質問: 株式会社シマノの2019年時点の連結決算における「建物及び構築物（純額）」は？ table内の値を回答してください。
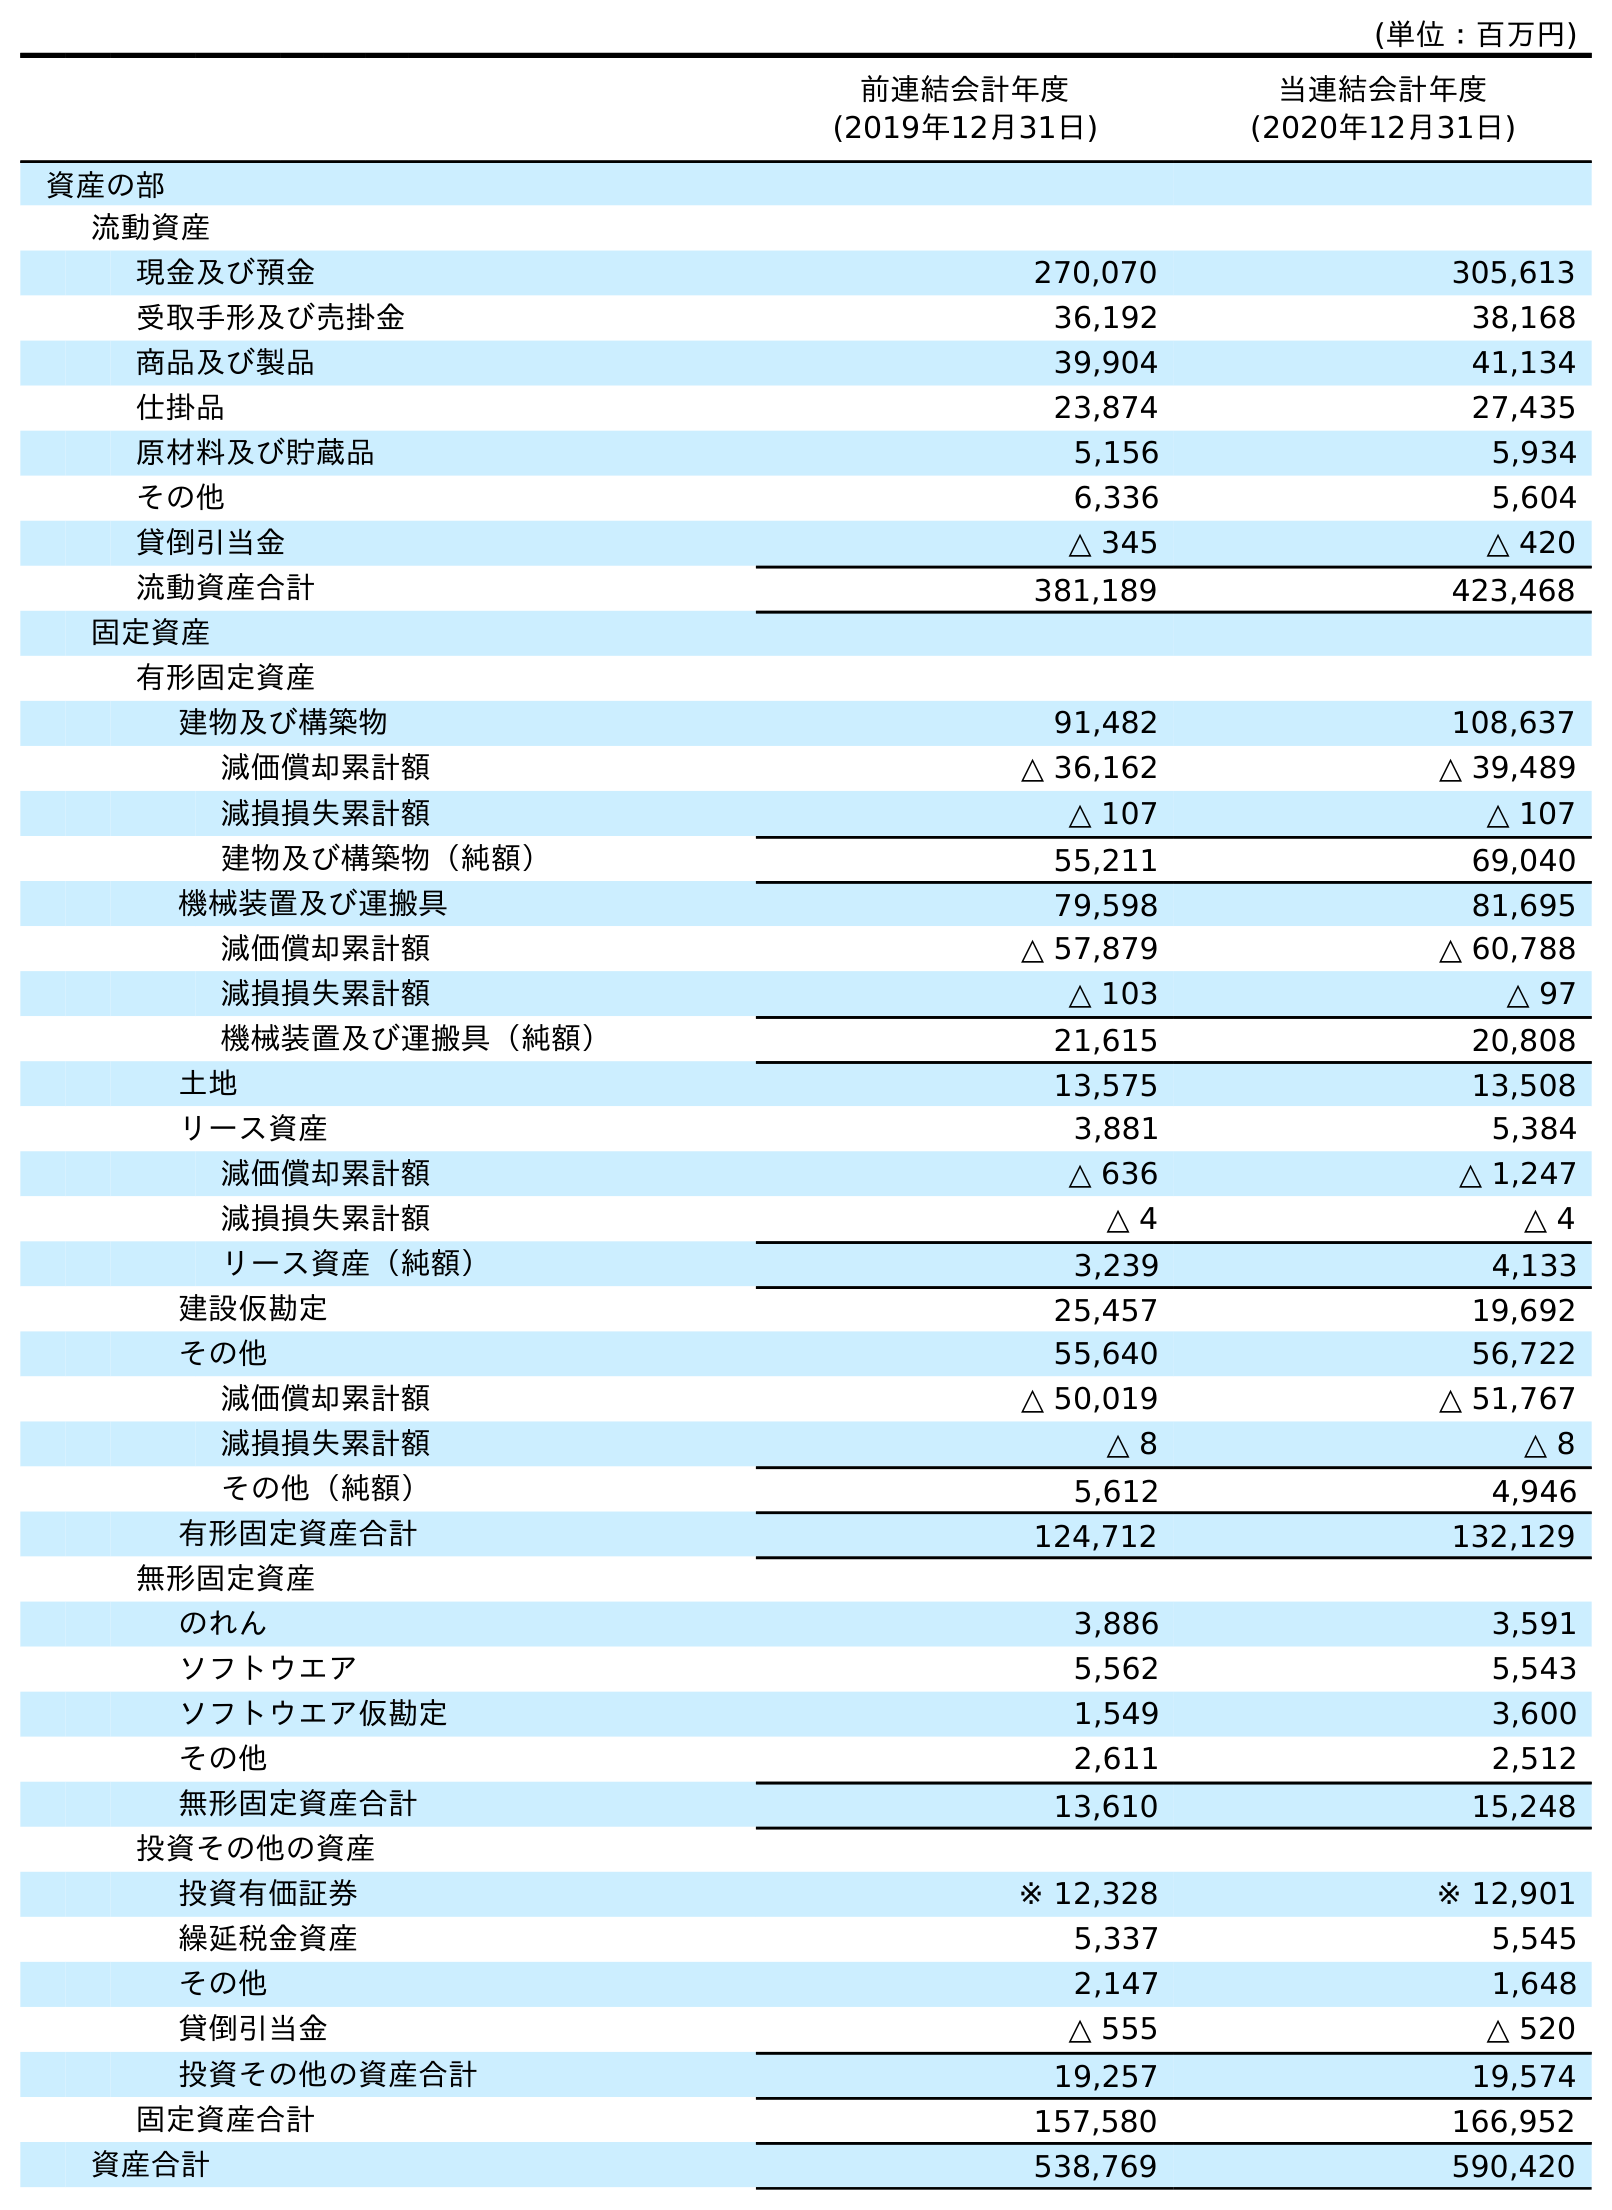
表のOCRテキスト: (単位：百万円) 前連結会計年度 (2019年12月31日) 当連結会計年度 (2020年12月31日) 資産の部 流動資産 現金及び預金 270,070 305,613 受取手形及び売掛金 36,192 38,168 商品及び製品 39,904 41,134 仕掛品 23,874 27,435 原材料及び貯蔵品 5,156 5,934 その他 6,336 5,604 貸倒引当金 △ 345 △ 420 流動資産合計 381,189 423,468 固定資産 有形固定資産 建物及び構築物 91,482 108,637 減価償却累計額 △ 36,162 △ 39,489 減損損失累計額 △ 107 △ 107 建物及び構築物（純額） 55,211 69,040 機械装置及び運搬具 79,598 81,695 減価償却累計額 △ 57,879 △ 60,788 減損損失累計額 △ 103 △ 97 機械装置及び運搬具（純額） 21,615 20,808 土地 13,575 13,508 リース資産 3,881 5,384 減価償却累計額 △ 636 △ 1,247 減損損失累計額 △ 4 △ 4 リース資産（純額） 3,239 4,133 建設仮勘定 25,457 19,692 その他 55,640 56,722 減価償却累計額 △ 50,019 △ 51,767 減損損失累計額 △ 8 △ 8 その他（純額） 5,612 4,946 有形固定資産合計 124,712 132,129 無形固定資産 のれん 3,886 3,591 ソフトウエア 5,562 5,543 ソフトウエア仮勘定 1,549 3,600 その他 2,611 2,512 無形固定資産合計 13,610 15,248 投資その他の資産 投資有価証券 ※ 12,328 ※ 12,901 繰延税金資産 5,337 5,545 その他 2,147 1,648 貸倒引当金 △ 555 △ 520 投資その他の資産合計 19,257 19,574 固定資産合計 157,580 166,952 資産合計 538,769 590,420
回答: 55,211